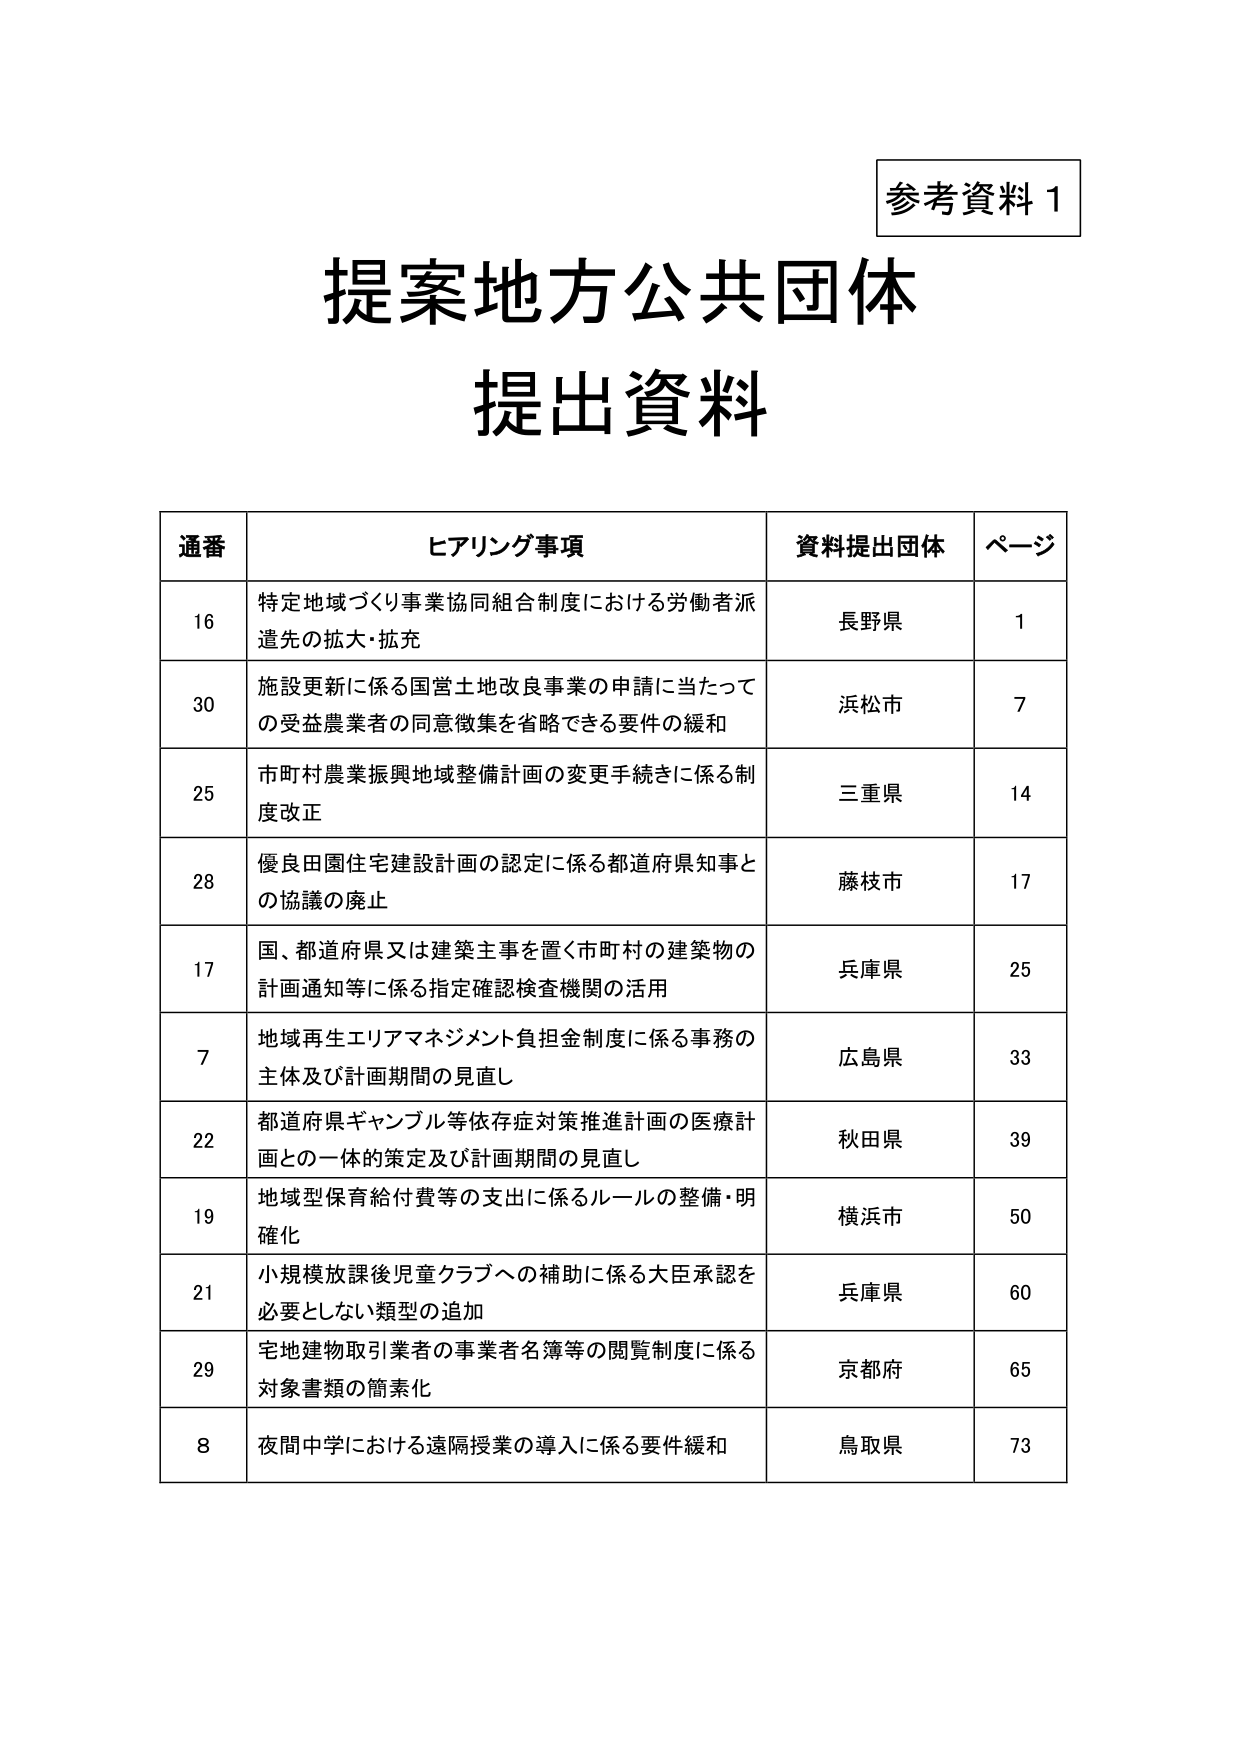
参考資料１

提案地方公共団体
提出資料

通番 ヒアリング事項 資料提出団体 ページ
16 特定地域づくり事業協同組合制度における労働者派遣先の拡大・拡充 長野県 1
30 施設更新に係る国営土地改良事業の申請に当たっての受益農業者の同意徴集を省略できる要件の緩和 浜松市 7
25 市町村農業振興地域整備計画の変更手続きに係る制度改正 三重県 14
28 優良田園住宅建設計画の認定に係る都道府県知事との協議の廃止 藤枝市 17
17 国、都道府県又は建築主事を置く市町村の建築物の計画通知等に係る指定確認検査機関の活用 兵庫県 25
7 地域再生エリアマネジメント負担金制度に係る事務の主体及び計画期間の見直し 広島県 33
22 都道府県ギャンブル等依存症対策推進計画の医療計画との一体的策定及び計画期間の見直し 秋田県 39
19 地域型保育給付費等の支出に係るルールの整備・明確化 横浜市 50
21 小規模放課後児童クラブへの補助に係る大臣承認を必要としない類型の追加 兵庫県 60
29 宅地建物取引業者の事業者名簿等の閲覧制度に係る対象書類の簡素化 京都府 65
8 夜間中学における遠隔授業の導入に係る要件緩和 鳥取県 73